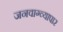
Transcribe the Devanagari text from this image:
जनवाग्व्यापार